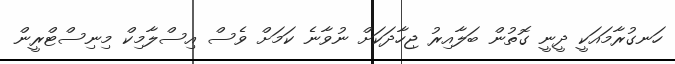
ހަނގުރާމައަކީ ދީނީ ގޮތުން ބަލާއިރު ޖިހާދަކަށް ނުވާނެ ކަމަށް ވެސް އިސްލާމިކް މިނިސްޓްރީން